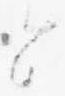
と